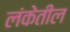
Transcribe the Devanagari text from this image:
लंकेतील